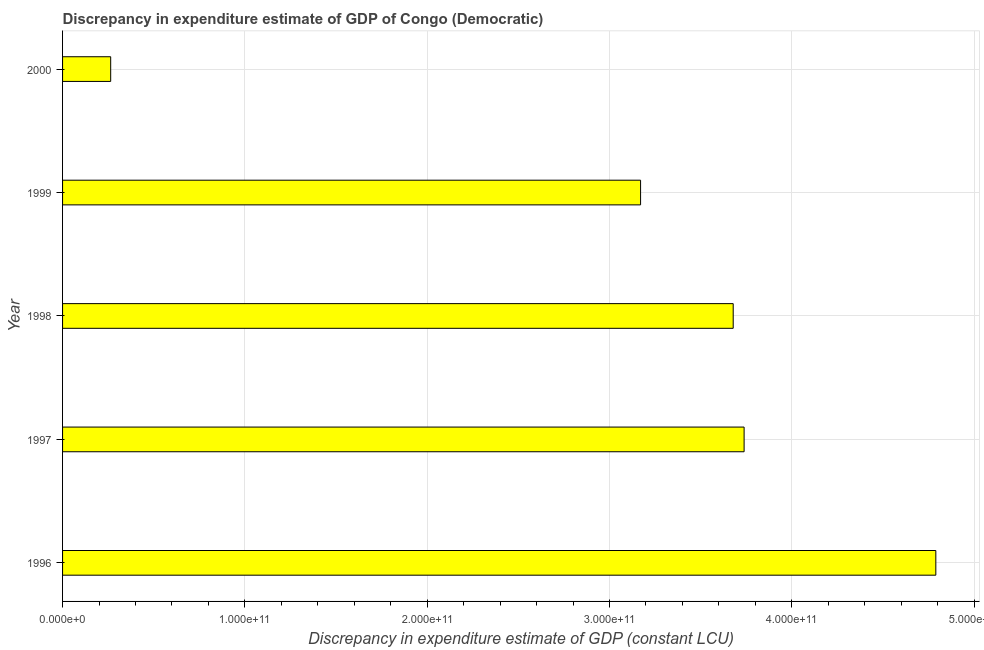
| Year | Discrepancy constant LCU |
 | --- | --- |
 | 1996 | 4.79e+11 |
 | 1997 | 3.74e+11 |
 | 1998 | 3.68e+11 |
 | 1999 | 3.17e+11 |
 | 2000 | 2.64e+10 |